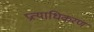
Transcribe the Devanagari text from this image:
प्रत्याधिकरण